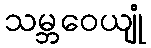
သမ္ဘဝေယျုံ